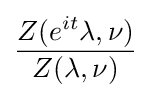
{\frac {Z(e^{it}\lambda ,\nu )}{Z(\lambda ,\nu )}}